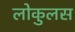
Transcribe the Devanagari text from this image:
लोकुलस